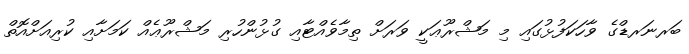
ބަރނަރޑްގެ ވާހަކަފުޅުގައި މި މަޝްރޫޢަކީ ވަރަށް ތިމާވެއްޓާއި ގުޅުންހުރި މަޝްރޫޢެއް ކަމަށާއި ކުރިއަށްއޮތް